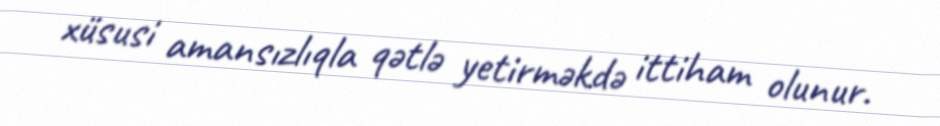
xüsusi amansızlıqla qətlə yetirməkdə ittiham olunur.